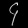
Digit: ၄